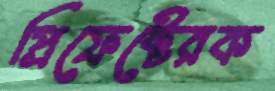
প্রিফেক্টেরক